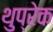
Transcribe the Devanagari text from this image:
थुप्रेक